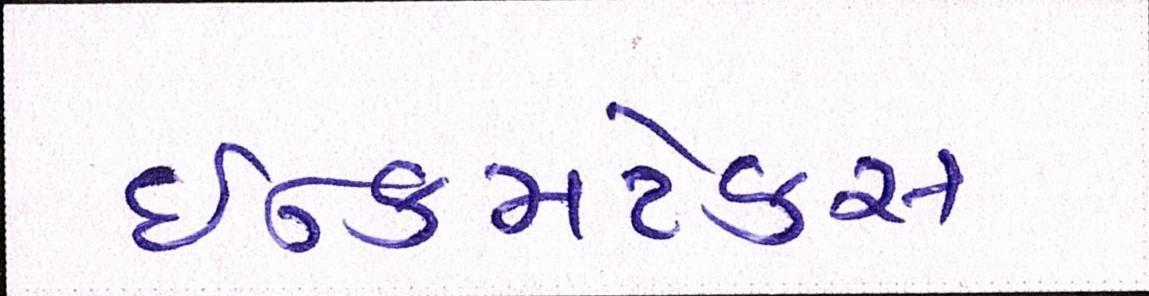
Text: ઈન્કમટેક્સ